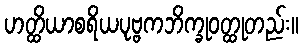
ဟတ္ထိယာစရိယပုဗ္ဗကဘိက္ခုဝတ္ထုတည်း။